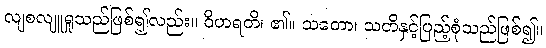
လျစလျူရှုသည်ဖြစ်၍လည်း။ ဝိဟရတိ၊ ၏။ သတော၊ သတိနှင့်ပြည့်စုံသည်ဖြစ်၍။